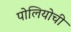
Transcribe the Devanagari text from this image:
पोलियोची